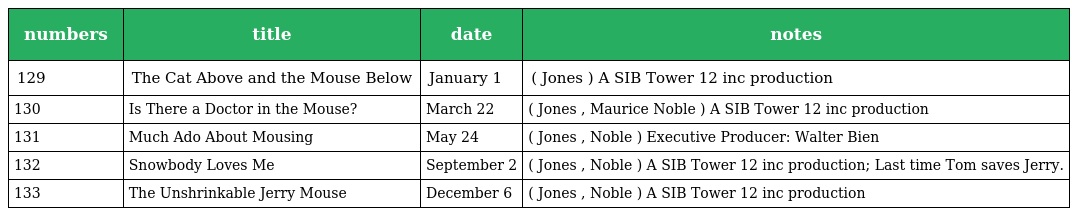
| numbers | title | date | notes |
 | --- | --- | --- | --- |
 | 129 | The Cat Above and the Mouse Below | January 1 | ( Jones ) A SIB Tower 12 inc production |
 | 130 | Is There a Doctor in the Mouse? | March 22 | ( Jones , Maurice Noble ) A SIB Tower 12 inc production |
 | 131 | Much Ado About Mousing | May 24 | ( Jones , Noble ) Executive Producer: Walter Bien |
 | 132 | Snowbody Loves Me | September 2 | ( Jones , Noble ) A SIB Tower 12 inc production; Last time Tom saves Jerry. |
 | 133 | The Unshrinkable Jerry Mouse | December 6 | ( Jones , Noble ) A SIB Tower 12 inc production |